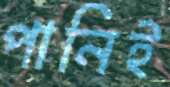
পানিই